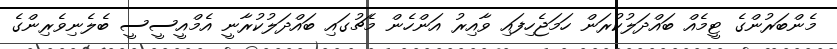
މެންބަރުންގެ ޓީމެއް ބައްދަލުކުރަން ހަމަޖެހިފައި ވާއިރު އަންހެން މެޗުގައި ބައްދަލުކުރާނީ އެމްއީސީސީ ބެލެނިވެރިންގެ